Civil Veterinary Department Bihar & Orissa reports 1929-36 - 1929-1936
Year: 1929
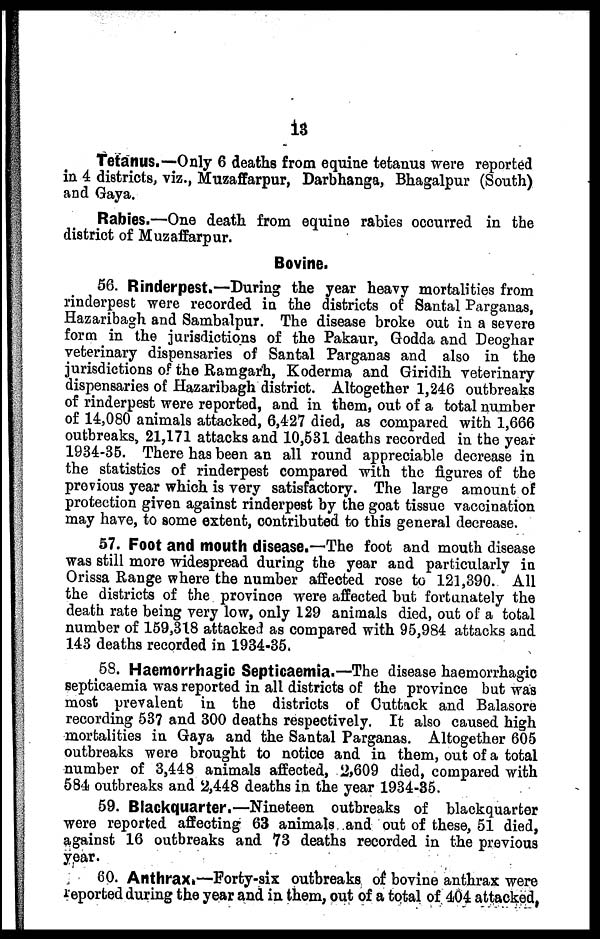
13
Tetanus.—Only 6 deaths from equine tetanus were reported
in 4 districts, viz., Muzaffarpur, Darbhanga, Bhagalpur (South)
and Gaya.
Rabies.—One death from equine rabies occurred in the
district of Muzaffarpur.
Bovine.
56. Rinderpest.—During the year heavy mortalities from
rinderpest were recorded in the districts of Santal Parganas,
Hazaribagh and Sambalpur. The disease broke out in a severe
form in the jurisdictions of the Pakaur, Godda and Deoghar
veterinary dispensaries of Santal Parganas and also in the
jurisdictions of the Ramgarh, Koderma and Giridih veterinary
dispensaries of Hazaribagh district. Altogether 1,246 outbreaks
of rinderpest were reported, and in them, out of a total number
of 14,080 animals attacked, 6,427 died, as compared with 1,666
outbreaks, 21,171 attacks and 10,531 deaths recorded in the year
1934-35. There has been an all round appreciable decrease in
the statistics of rinderpest compared with the figures of the
previous year which is very satisfactory. The large amount of
protection given against rinderpest by the goat tissue vaccination
may have, to some extent, contributed to this general decrease.
57. Foot and mouth disease.—The foot and mouth disease
was still more widespread during the year and particularly in
Orissa Range where the number affected rose to 121,390. All
the districts of the province were affected but fortunately the
death rate being very low, only 129 animals died, out of a total
number of 159,318 attacked as compared with 95,984 attacks and
143 deaths recorded in 1934-35.
58. Haemorrhagic Septicaemia.—The disease haemorrhagic
septicaemia was reported in all districts of the province but was
most prevalent in the districts of Cuttack and Balasore
recording 537 and 300 deaths respectively. It also caused high
mortalities in Gaya and the Santal Parganas. Altogether 605
outbreaks were brought to notice and in them, out of a total
number of 3,448 animals affected, 2,609 died, compared with
584 outbreaks and 2,448 deaths in the year 1934-35.
59. Blackquarter.—Nineteen outbreaks of blackquarter
were reported affecting 63 animals and out of these, 51 died,
against 16 outbreaks and 73 deaths recorded in the previous
year.
60. Anthrax.—Forty-six outbreaks of bovine anthrax were
reported during the year and in them, out of a total of 404 attacked,